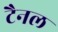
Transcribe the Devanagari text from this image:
टैनल